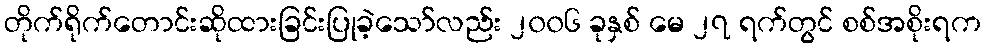
တိုက်ရိုက်တောင်းဆိုထားခြင်းပြုခဲ့သော်လည်း ၂၀၀၆ ခုနှစ် မေ ၂၇ ရက်တွင် စစ်အစိုးရက